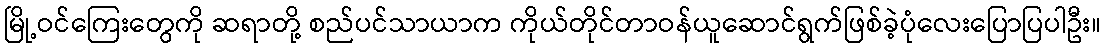
မြို့ဝင်ကြေးတွေကို ဆရာတို့ စည်ပင်သာယာက ကိုယ်တိုင်တာဝန်ယူဆောင်ရွက်ဖြစ်ခဲ့ပုံလေးပြောပြပါဦး။